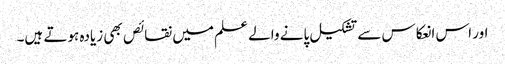
اور اس انعکاس سے تشکیل پانے والے علم میں نقائص بھی زیادہ ہوتے ہیں۔